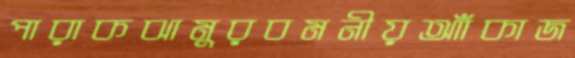
পারাকঝামুরবমনীয়আঁাকাজ